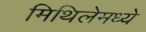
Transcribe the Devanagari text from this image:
मिथिलेमध्ये